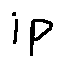
i p